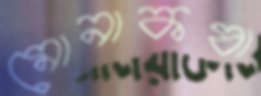
মোনাকষা